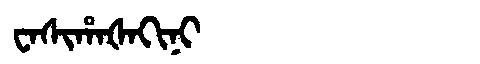
Manchu: ᠸᠠᠰᡳᡥᠠᡧᠠᡴᡳᠨᡳ
Romanization: WASIHAŠAKINI